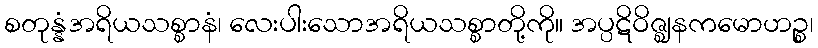
စတုန္နံအရိယသစ္စာနံ၊ လေးပါးသောအရိယသစ္စာတို့ကို။ အပ္ပဋိဝိဇ္ဈနကမောဟဉ္စ၊